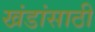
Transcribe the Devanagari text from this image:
खंडांसाठी